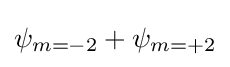
\psi _{m=-2}+\psi _{m=+2}